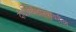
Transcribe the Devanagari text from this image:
दीर्घअर्थशास्त्रावरील